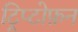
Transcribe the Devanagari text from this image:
ट्रिप्टोफ़न